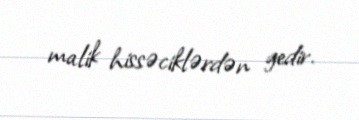
malik hissəciklərdən gedir.